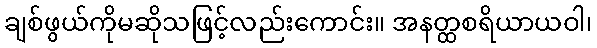
ချစ်ဖွယ်ကိုမဆိုသဖြင့်လည်းကောင်း။ အနတ္ထစရိယာယဝါ၊